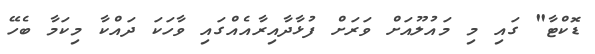
ޑޮކްޓާ" ގައި މި މައުލޫއަށް ވަރަށް ފުޅާދާއިރާއެއްގައި ވާހަކަ ދައްކާ މިކަމާ ބެހޭ